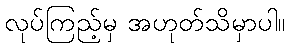
လုပ်ကြည့်မှ အဟုတ်သိမှာပါ။